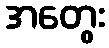
အတွေး